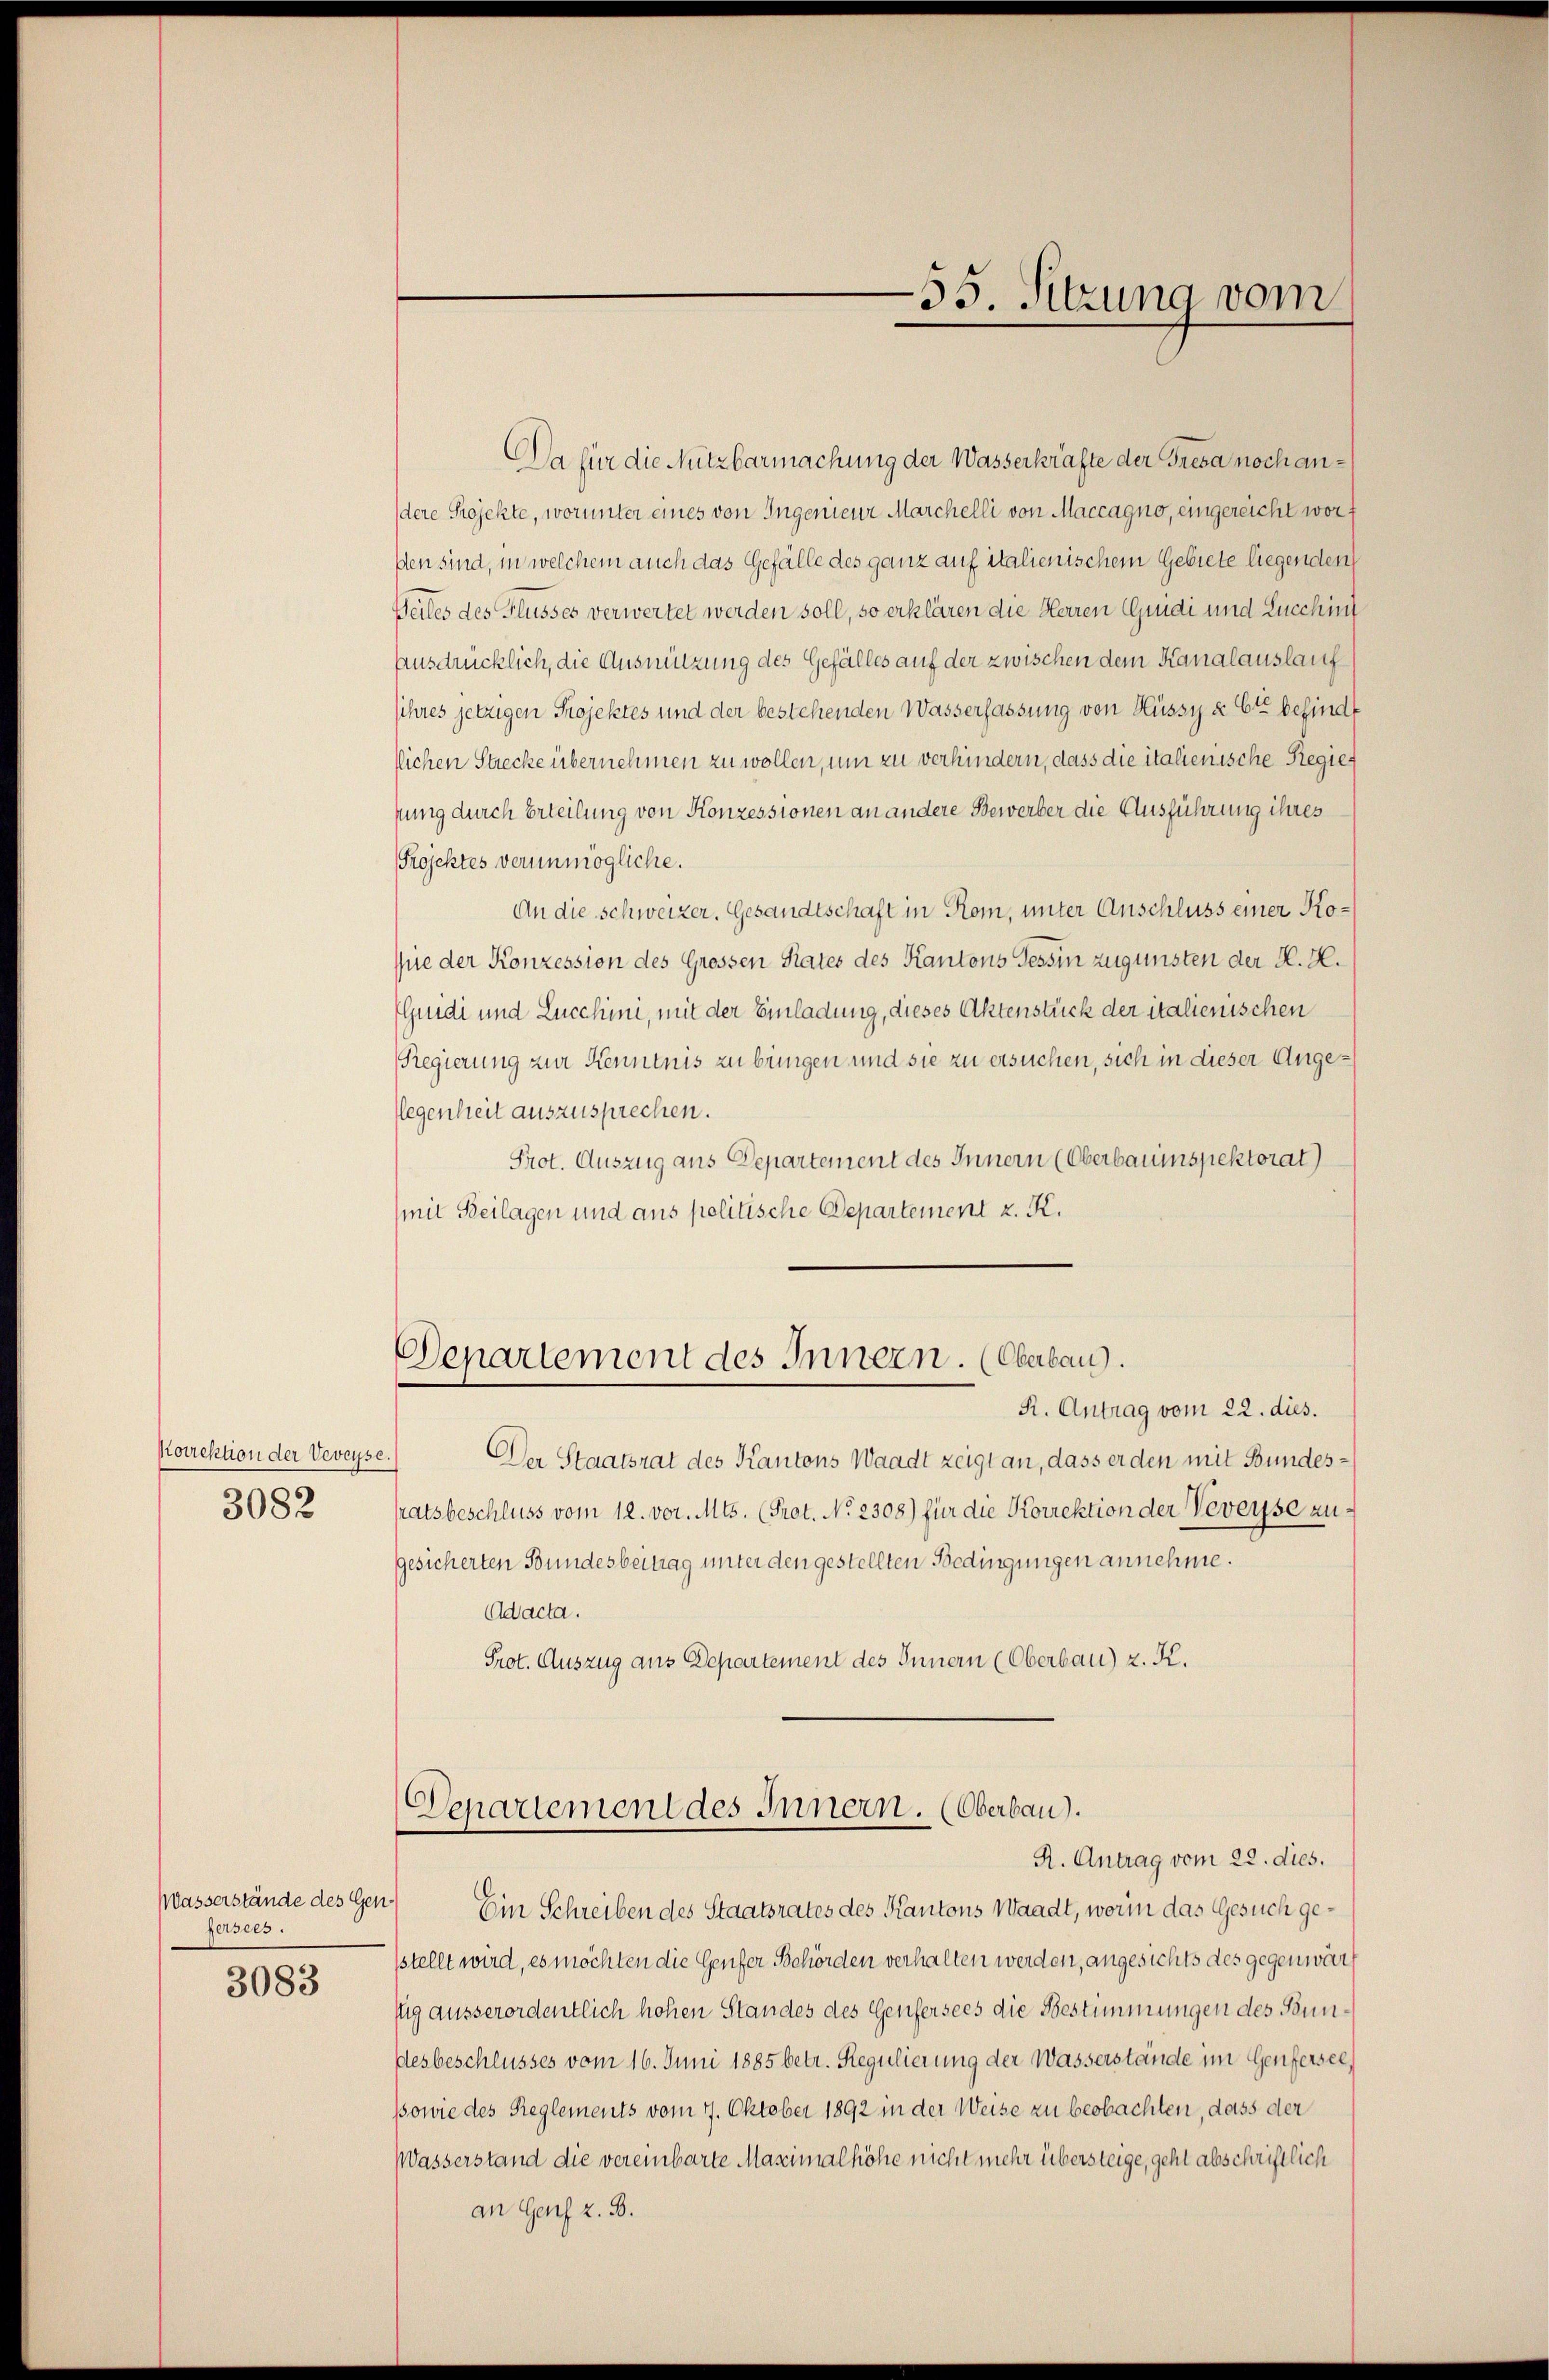
koirektion der Veveyse
3082

Wasserstände des Genfersees.
3083

Da für die Nutzbarmachung der Wasserkräfte der Gresa noch andere Projeckte, worunter eines von Ingenieur Marchelli von Maccagno, eingereicht worßen sind, in welchem auch das Gefälle des ganz auf italienischem Gebiete liegenden
Weiles des Flusses verwertet werden soll, so erklären die Herren Guidi und Lucching
Ausdrücklich, die Ausnützung des Gefälles auf der zwischen dem Kanalauslauf
sihres jetzigen Projektes und der bestehenden Wasserfassung von Hüssy & Cie befinde
llichen Strecke übernehmen zu wollen, um zu verhindern, dass die italienische Regiefung durch Erteilung von Konzessionen an andere Bewerber die Ausführung ihres
Projektes verunmögliche.
An die Schweizer. Gesandtschaft in Rom, unter Anschluss einer Koque der Konzession des Grossen Rates des Kantons Tessin zugunsten der K. H.
Gudi und Lucchini, mit der Einladung, dieses Aktenstück der italienischen
Regierung zur Kenntnis zu bringen und sie zu ersuchen, sich in dieser Angeflegenheit auszusprechen.
Prot. Auszug aus Departement des Innern (Oberbauinspektorat
(mit Beilagen und aus politische Departement z. K.
Departement des Innern. (Oberbau).
R. Antrag vom 22. dies.
Der Staatsrat des Kantons Waadt zeigt an, dass er den mit Bundesratsbeschluss vom 12. vor. Mts. (Prot. No 2308) für die Korrektion der Veveyse zugesicherten Bundesbeitrag unter den gestellten Bedingungen annehme.
Ad acta.
Prot. Auszug aus Departement des Innern (Oberbau) z. K.

55. Sitzung vom

Departement des Innern. (Oberbau).
R. Antrag vom 22. dies.

Ein Schreiben des Staatsrates des Kantons Waadt, worin das Gesuch gesstellt wird, es möchten die Genfer Behörden verhalten werden, angesichts des gegenwär
sug ausserordentlich hohen Standes des Genfersees die Bestimmungen des Bundesbeschlusses vom 16. Juni 1885 betr. Regulierung der Wasserstände im Genfersee,
Bowie des Reglements vom 7. Oktober 1892 in der Weise zu beobachten, dass der
Wasserstand die vereinbarte Maximalhöhe nicht mehr übersteige, geht abschriftlich
an Genf z. B.